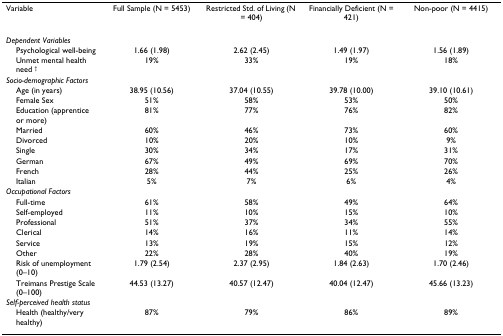
<table><thead><tr><td><b>Variable</b></td><td><b>Full Sample (N = 5453)</b></td><td><b>Restricted Std. of Living (N = 404)</b></td><td><b>Financially Deficient (N = 421)</b></td><td><b>Non-poor (N = 4415)</b></td></tr></thead><tbody><tr><td><i>Dependent Variables</i></td><td></td><td></td><td></td><td></td></tr><tr><td> Psychological well-being</td><td>1.66 (1.98)</td><td>2.62 (2.45)</td><td>1.49 (1.97)</td><td>1.56 (1.89)</td></tr><tr><td> Unmet mental health need <sup>†</sup></td><td>19%</td><td>33%</td><td>19%</td><td>18%</td></tr><tr><td><i>Socio-demographic Factors</i></td><td></td><td></td><td></td><td></td></tr><tr><td> Age (in years)</td><td>38.95 (10.56)</td><td>37.04 (10.55)</td><td>39.78 (10.00)</td><td>39.10 (10.61)</td></tr><tr><td> Female Sex</td><td>51%</td><td>58%</td><td>53%</td><td>50%</td></tr><tr><td> Education (apprentice or more)</td><td>81%</td><td>77%</td><td>76%</td><td>82%</td></tr><tr><td> Married</td><td>60%</td><td>46%</td><td>73%</td><td>60%</td></tr><tr><td> Divorced</td><td>10%</td><td>20%</td><td>10%</td><td>9%</td></tr><tr><td> Single</td><td>30%</td><td>34%</td><td>17%</td><td>31%</td></tr><tr><td> German</td><td>67%</td><td>49%</td><td>69%</td><td>70%</td></tr><tr><td> French</td><td>28%</td><td>44%</td><td>25%</td><td>26%</td></tr><tr><td> Italian</td><td>5%</td><td>7%</td><td>6%</td><td>4%</td></tr><tr><td><i>Occupational Factors</i></td><td></td><td></td><td></td><td></td></tr><tr><td> Full-time</td><td>61%</td><td>58%</td><td>49%</td><td>64%</td></tr><tr><td> Self-employed</td><td>11%</td><td>10%</td><td>15%</td><td>10%</td></tr><tr><td> Professional</td><td>51%</td><td>37%</td><td>34%</td><td>55%</td></tr><tr><td> Clerical</td><td>14%</td><td>16%</td><td>11%</td><td>14%</td></tr><tr><td> Service</td><td>13%</td><td>19%</td><td>15%</td><td>12%</td></tr><tr><td> Other</td><td>22%</td><td>28%</td><td>40%</td><td>19%</td></tr><tr><td> Risk of unemployment (0–10)</td><td>1.79 (2.54)</td><td>2.37 (2.95)</td><td>1.84 (2.63)</td><td>1.70 (2.46)</td></tr><tr><td> Treimans Prestige Scale (0–100)</td><td>44.53 (13.27)</td><td>40.57 (12.47)</td><td>40.04 (12.47)</td><td>45.66 (13.23)</td></tr><tr><td><i>Self-perceived health status</i></td><td></td><td></td><td></td><td></td></tr><tr><td> Health (healthy/very healthy)</td><td>87%</td><td>79%</td><td>86%</td><td>89%</td></tr></tbody></table>